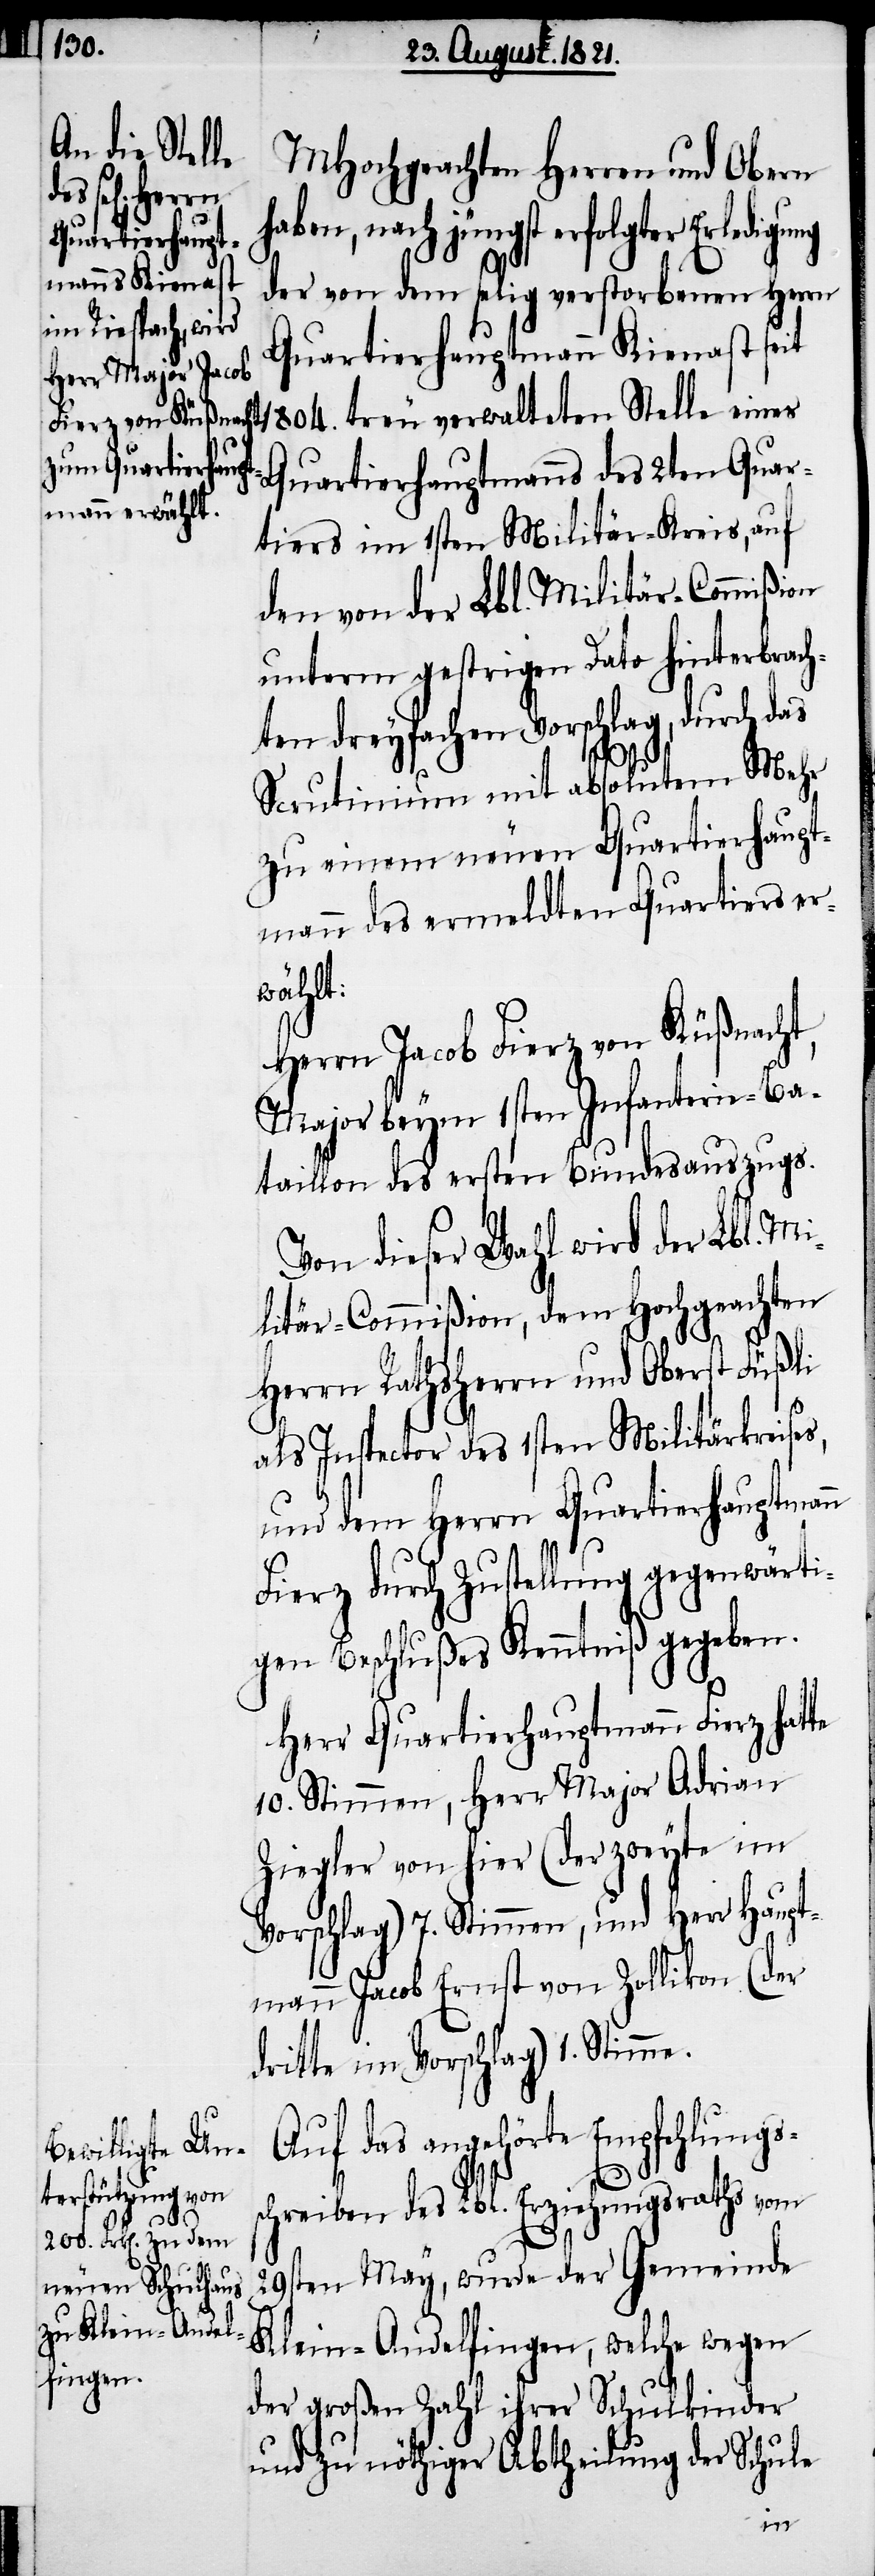
MHochgeachten Herren und Obern
haben, nach jüngst erfolgter
der von dem selig verstorbenen Herrn
Quartierhauptmann Kienast seit
1804. treu verwalteten Stelle eines
Quartierhauptmanns des 2ten Quar¬
tiers im 1sten Militär-Kreis, auf
den von der Lbl. Militär-Commißion
unterm gestrigen Dato hinterbrach¬
ten dreyfachen Vorschlag, durch das
Scrutinium mit absolutem Mehr
zu einem neuen Quartierhaupt¬
mann des ermeldten Quartiers er¬
wählt:
Herrn Jacob Fierz von Küßnacht,
Major beym 1sten Infanterie-Ba¬
taillon des ersten Bundesauszugs.
Von dieser Wahl wird der Lbl. Mi¬
litär-Commißion, dem Hochgeachten
Herrn Rathsherrn und Oberst Füßli
als Inspector des 1sten Militärkreises,
und dem Herrn Quartierhauptmann
Fierz durch Zustellung gegenwärti¬
gen Beschlußes Kenntniß gegeben.
Herr Quartierhauptmann Fierz hatte
10. Stimmen, Herr Major Adrian
Ziegler von hier (der zweyte im
Vorschlag) 7. Stimmen, und Herr Haupt¬
mann Jacob Ernst von Zollikon (der
dritte im Vorschlag) 1. Stimme.
Auf das angehörte Empfehlungss¬
chreiben des Lbl. Erziehungsraths vom
29sten May, wurde der Gemeinde
Klein-Andelfingen, welche wegen
der großen Zahl ihrer Schulkinder
und zu nöthiger Abtheilung der Schule